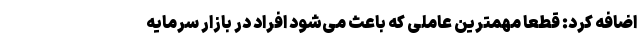
اضافه کرد: قطعاً مهمترین عاملی که باعث می‌شود افراد در بازار سرمایه